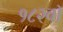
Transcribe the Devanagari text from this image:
१८२वॉ